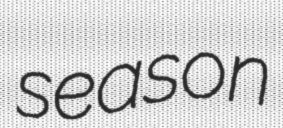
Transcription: season